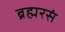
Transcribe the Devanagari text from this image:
ब्रह्मरसं